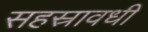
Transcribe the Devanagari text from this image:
सहस्रावधी